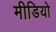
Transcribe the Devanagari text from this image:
मीडियो